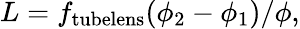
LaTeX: L=f_{\mathrm{tubelens}}(\phi_{2}-\phi_{1})/\phi,